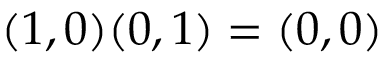
( 1 , 0 ) ( 0 , 1 ) = ( 0 , 0 )